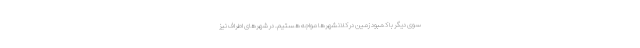
سوی دیگر با کمبود زمین در کلانشهرها مواجه هستیم. در شهرهای اطراف نیز